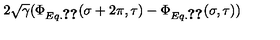
2 \sqrt \gamma ( \Phi _ { E q . \ref { 4 . 1 } } ( \sigma + 2 \pi , \tau ) - \Phi _ { E q . \ref { 4 . 1 } } ( \sigma , \tau ) )